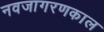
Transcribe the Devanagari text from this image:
नवजागरणकाल